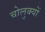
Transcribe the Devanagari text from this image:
चोलुक्यों